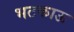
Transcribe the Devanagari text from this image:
भटकाऊ